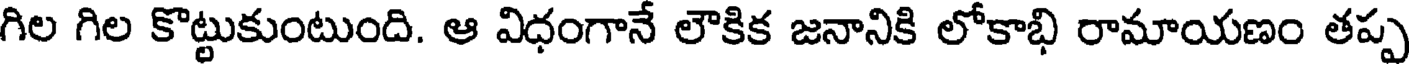
గిల గిల కొట్టుకుంటుంది. ఆ విధంగానే లౌకిక జనానికి లోకాభి రామాయణం తప్ప